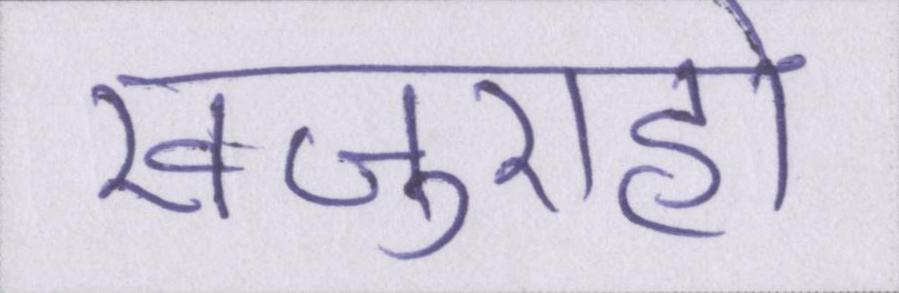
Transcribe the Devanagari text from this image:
खजुराहो